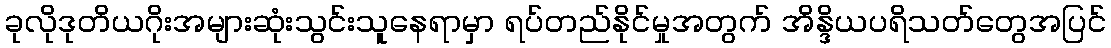
ခုလိုဒုတိယဂိုးအများဆုံးသွင်းသူနေရာမှာ ရပ်တည်နိုင်မှုအတွက် အိန္ဒိယပရိသတ်တွေအပြင်